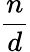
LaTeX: \frac{n}{d}